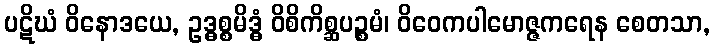
ပဋိဃံ ဝိနောဒယေ, ဥဒ္ဓစ္စမိဒ္ဓံ ဝိစိကိစ္ဆပဉ္စမံ၊ ဝိဝေကပါမောဇ္ဇကရေန စေတသာ,